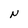
Character: N